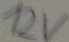
Text: 12V